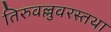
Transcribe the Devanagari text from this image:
तिरुवल्लुवरस्तथा